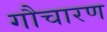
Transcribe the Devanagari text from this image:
गौचारण